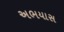
અભયાસ